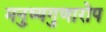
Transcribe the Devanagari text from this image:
मनुष्यगुणारोप